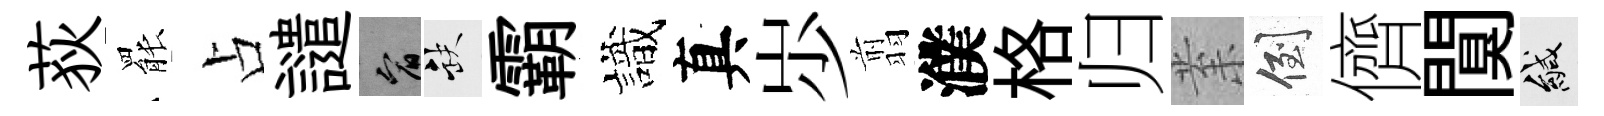
荻罷占譴宥缺霸識真𡵯翦濮格归𭪙倒儕闃緘